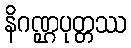
နိဂဏ္ဌပုတ္တဿ